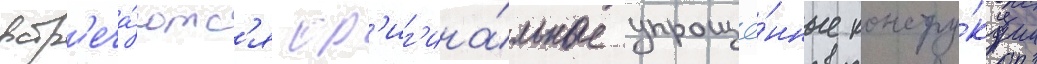
встр'еча́ютс'я ор'иг'ина́льные упрощё́нные констру́кции